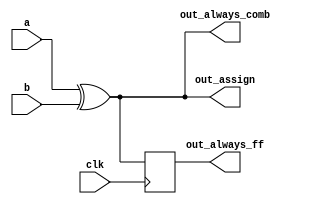
// XOR gate using assign, always combinational and always clocked

module top_module(
    input clk,
    input a,
    input b,
    output wire out_assign,
    output reg out_always_comb,
    output reg out_always_ff   );
    
    assign out_assign = a^b;
    always@(*)
        out_always_comb = a^b;
    always@(posedge clk)
        out_always_ff <= a^b;

endmodule